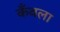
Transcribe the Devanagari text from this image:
कँवला